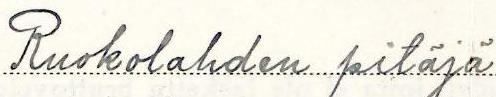
Ruokolahden pitäjä